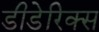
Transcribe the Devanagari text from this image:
डीडेरिक्स